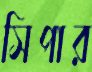
সিপার